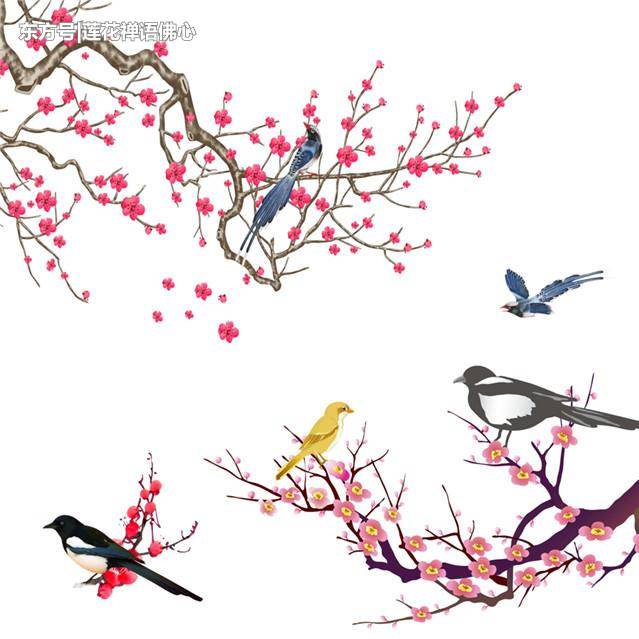
千淘万漉虽辛苦，吹尽狂沙始到金。